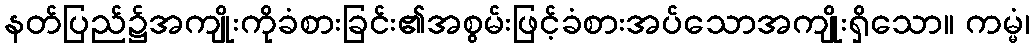
နတ်ပြည်၌အကျိုးကိုခံစားခြင်း၏အစွမ်းဖြင့်ခံစားအပ်သောအကျိုးရှိသော။ ကမ္မံ၊